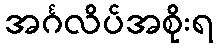
အင်္ဂလိပ်အစိုးရ